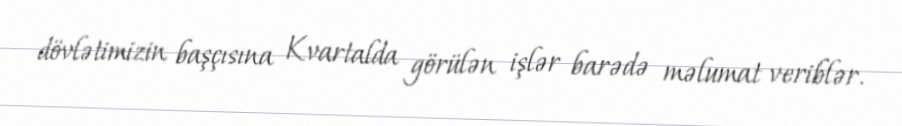
dövlətimizin başçısına Kvartalda görülən işlər barədə məlumat veriblər.